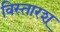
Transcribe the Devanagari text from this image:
विस्तारश्